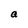
Character: a